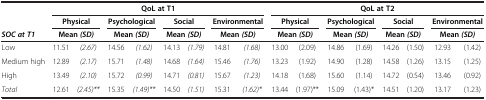
|  | <COLSPAN=8> QoL at T1 | <COLSPAN=8> QoL at T2 |
 |  | <COLSPAN=2> Physical | <COLSPAN=2> Psychological | <COLSPAN=2> Social | <COLSPAN=2> Environmental | <COLSPAN=2> Physical | <COLSPAN=2> Psychological | <COLSPAN=2> Social | <COLSPAN=2> Environmental |
 | SOC at T1 | <COLSPAN=2> Mean (SD) | <COLSPAN=2> Mean (SD) | <COLSPAN=2> Mean (SD) | <COLSPAN=2> Mean (SD) | <COLSPAN=2> Mean (SD) | <COLSPAN=2> Mean (SD) | <COLSPAN=2> Mean (SD) | <COLSPAN=2> Mean (SD) |
 | --- | --- | --- | --- | --- | --- | --- | --- | --- | --- | --- | --- | --- | --- | --- | --- | --- |
 | Low | 11.51 | (2.67) | 14.56 | (1.62) | 14.13 | (1.79) | 14.81 | (1.68) | 13.00 | (2.09) | 14.86 | (1.69) | 14.26 | (1.50) | 12.93 | (1.42) |
 | Medium high | 12.89 | (2.17) | 15.71 | (1.48) | 14.68 | (1.64) | 15.46 | (1.76) | 13.23 | (1.92) | 14.90 | (1.28) | 14.58 | (1.26) | 13.15 | (1.25) |
 | High | 13.49 | (2.10) | 15.72 | (0.99) | 14.71 | (0.81) | 15.67 | (1.23) | 14.18 | (1.68) | 15.60 | (1.14) | 14.72 | (0.54) | 13.46 | (0.92) |
 | Total | 12.61 | (2.45)** | 15.35 | (1.49)** | 14.50 | (1.51) | 15.31 | (1.62)* | 13.44 | (1.97)** | 15.09 | (1.43)* | 14.51 | (1.20) | 13.17 | (1.23) |